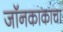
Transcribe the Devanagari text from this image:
जॉनकाकाचा